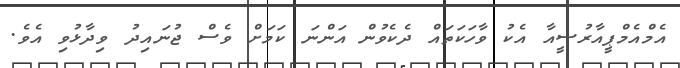
އެމްއެމްޕީއާރުސީއާ އެކު ވާހަކަތައް ދެކެވުން އަންނަ ކަމަށް ވެސް ޖުނައިދު ވިދާޅުވި އެވެ.